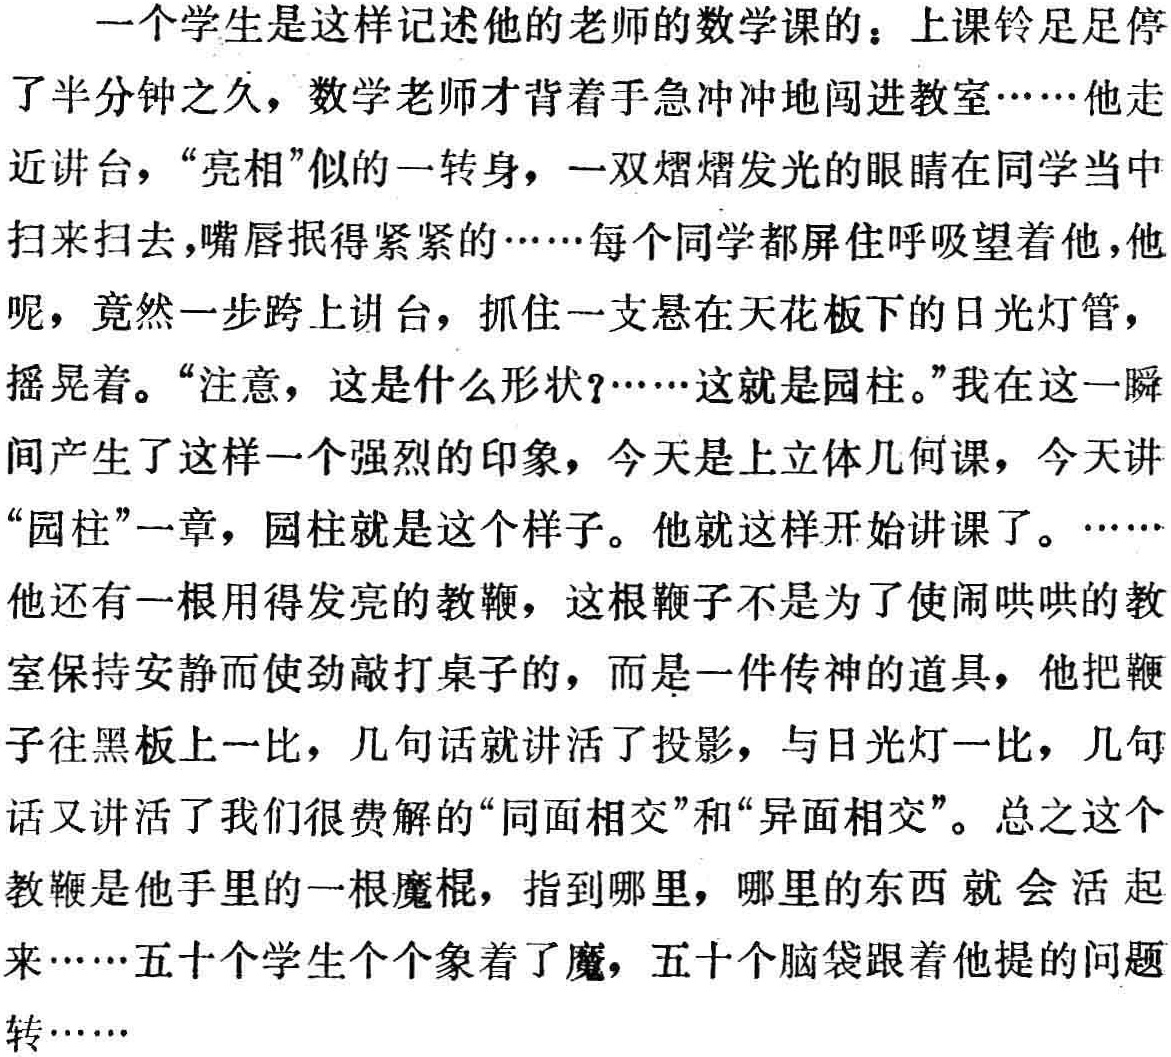
一个学生是这样记述他的老师的数学课的：上课铃足足停

了半分钟之久，数学老师才背着手急冲冲地闯进教室……他走

近讲台，“亮相”似的一转身，一双熠熠发光的眼睛在同学当中

扫来扫去，嘴唇抿得紧紧的……每个同学都屏住呼吸望着他，他

呢，竟然一步跨上讲台，抓住一支悬在天花板下的日光灯管，

摇晃着。“注意，这是什么形状？……这就是园柱。”我在这一瞬

间产生了这样一个强烈的印象，今天是上立体几何课，今天讲

“园柱”一章，园柱就是这个样子。他就这样开始讲课了。……

他还有一根用得发亮的教鞭，这根鞭子不是为了使闹哄哄的教

室保持安静而使劲敲打桌子的，而是一件传神的道具，他把鞭

子往黑板上一比，几句话就讲活了投影，与日光灯一比，几句

话又讲活了我们很费解的“同面相交”和“异面相交”。总之这个

教鞭是他手里的一根魔棍，指到哪里，哪里的东西 就 会 活 起

来……五十个学生个个象着了魔，五十个脑袋跟着他提的问题

转……